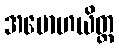
အမောဟယိတ္ထ